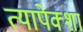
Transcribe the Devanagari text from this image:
त्यापेक्शा